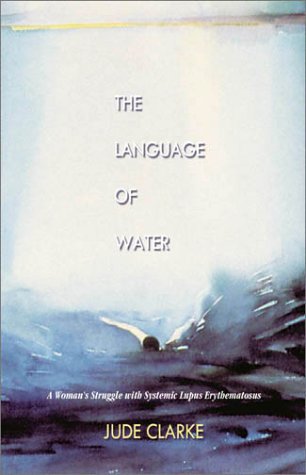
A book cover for The Language of Water: A Woman's Struggle With Systemic Lupus Erythemotosus; Jude Clarke; Health, Fitness & Dieting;